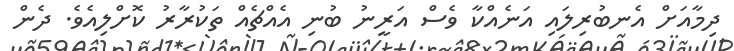
ދިމާއަށް އެނބުރިލައި އަނެއްކާ ވެސް އަރީނު ބުނި އެއްޗެއް ތަކުރާރު ކޮށްލިއެވެ. ދެން